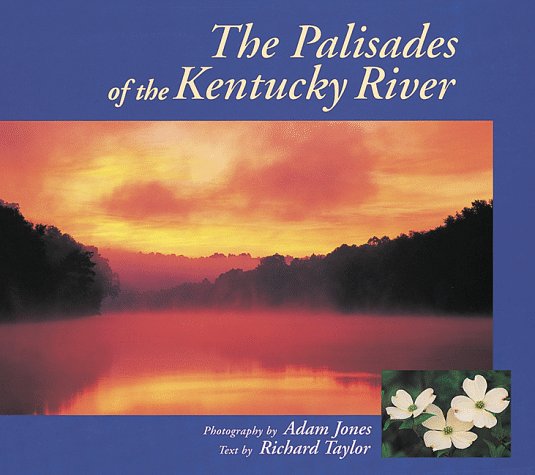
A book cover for The Palisades of the Kentucky River; Adam Jones; Travel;